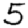
Digit: 5